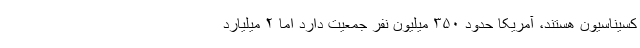
کسیناسیون هستند، آمریکا حدود ۳۵۰ میلیون نفر جمعیت دارد اما ۲ میلیارد